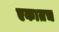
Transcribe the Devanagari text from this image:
एकातच